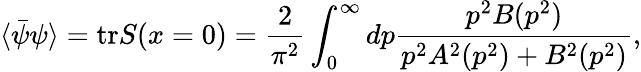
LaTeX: \langle\bar{\psi}\psi\rangle=\mathrm{tr}S(x=0)=\frac{2}{\pi^{2}}\int_{0}^{\infty}dp\frac{p^{2}B(p^{2})}{p^{2}A^{2}(p^{2})+B^{2}(p^{2})},